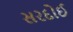
સરદોઈ